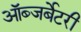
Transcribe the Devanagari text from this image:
ऑब्जर्बेटरी